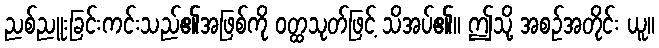
ညစ်ညူးခြင်းကင်းသည်၏အဖြစ်ကို ဝတ္ထသုတ်ဖြင့် သိအပ်၏။ ဤသို့ အစဉ်အတိုင်း ယူ။